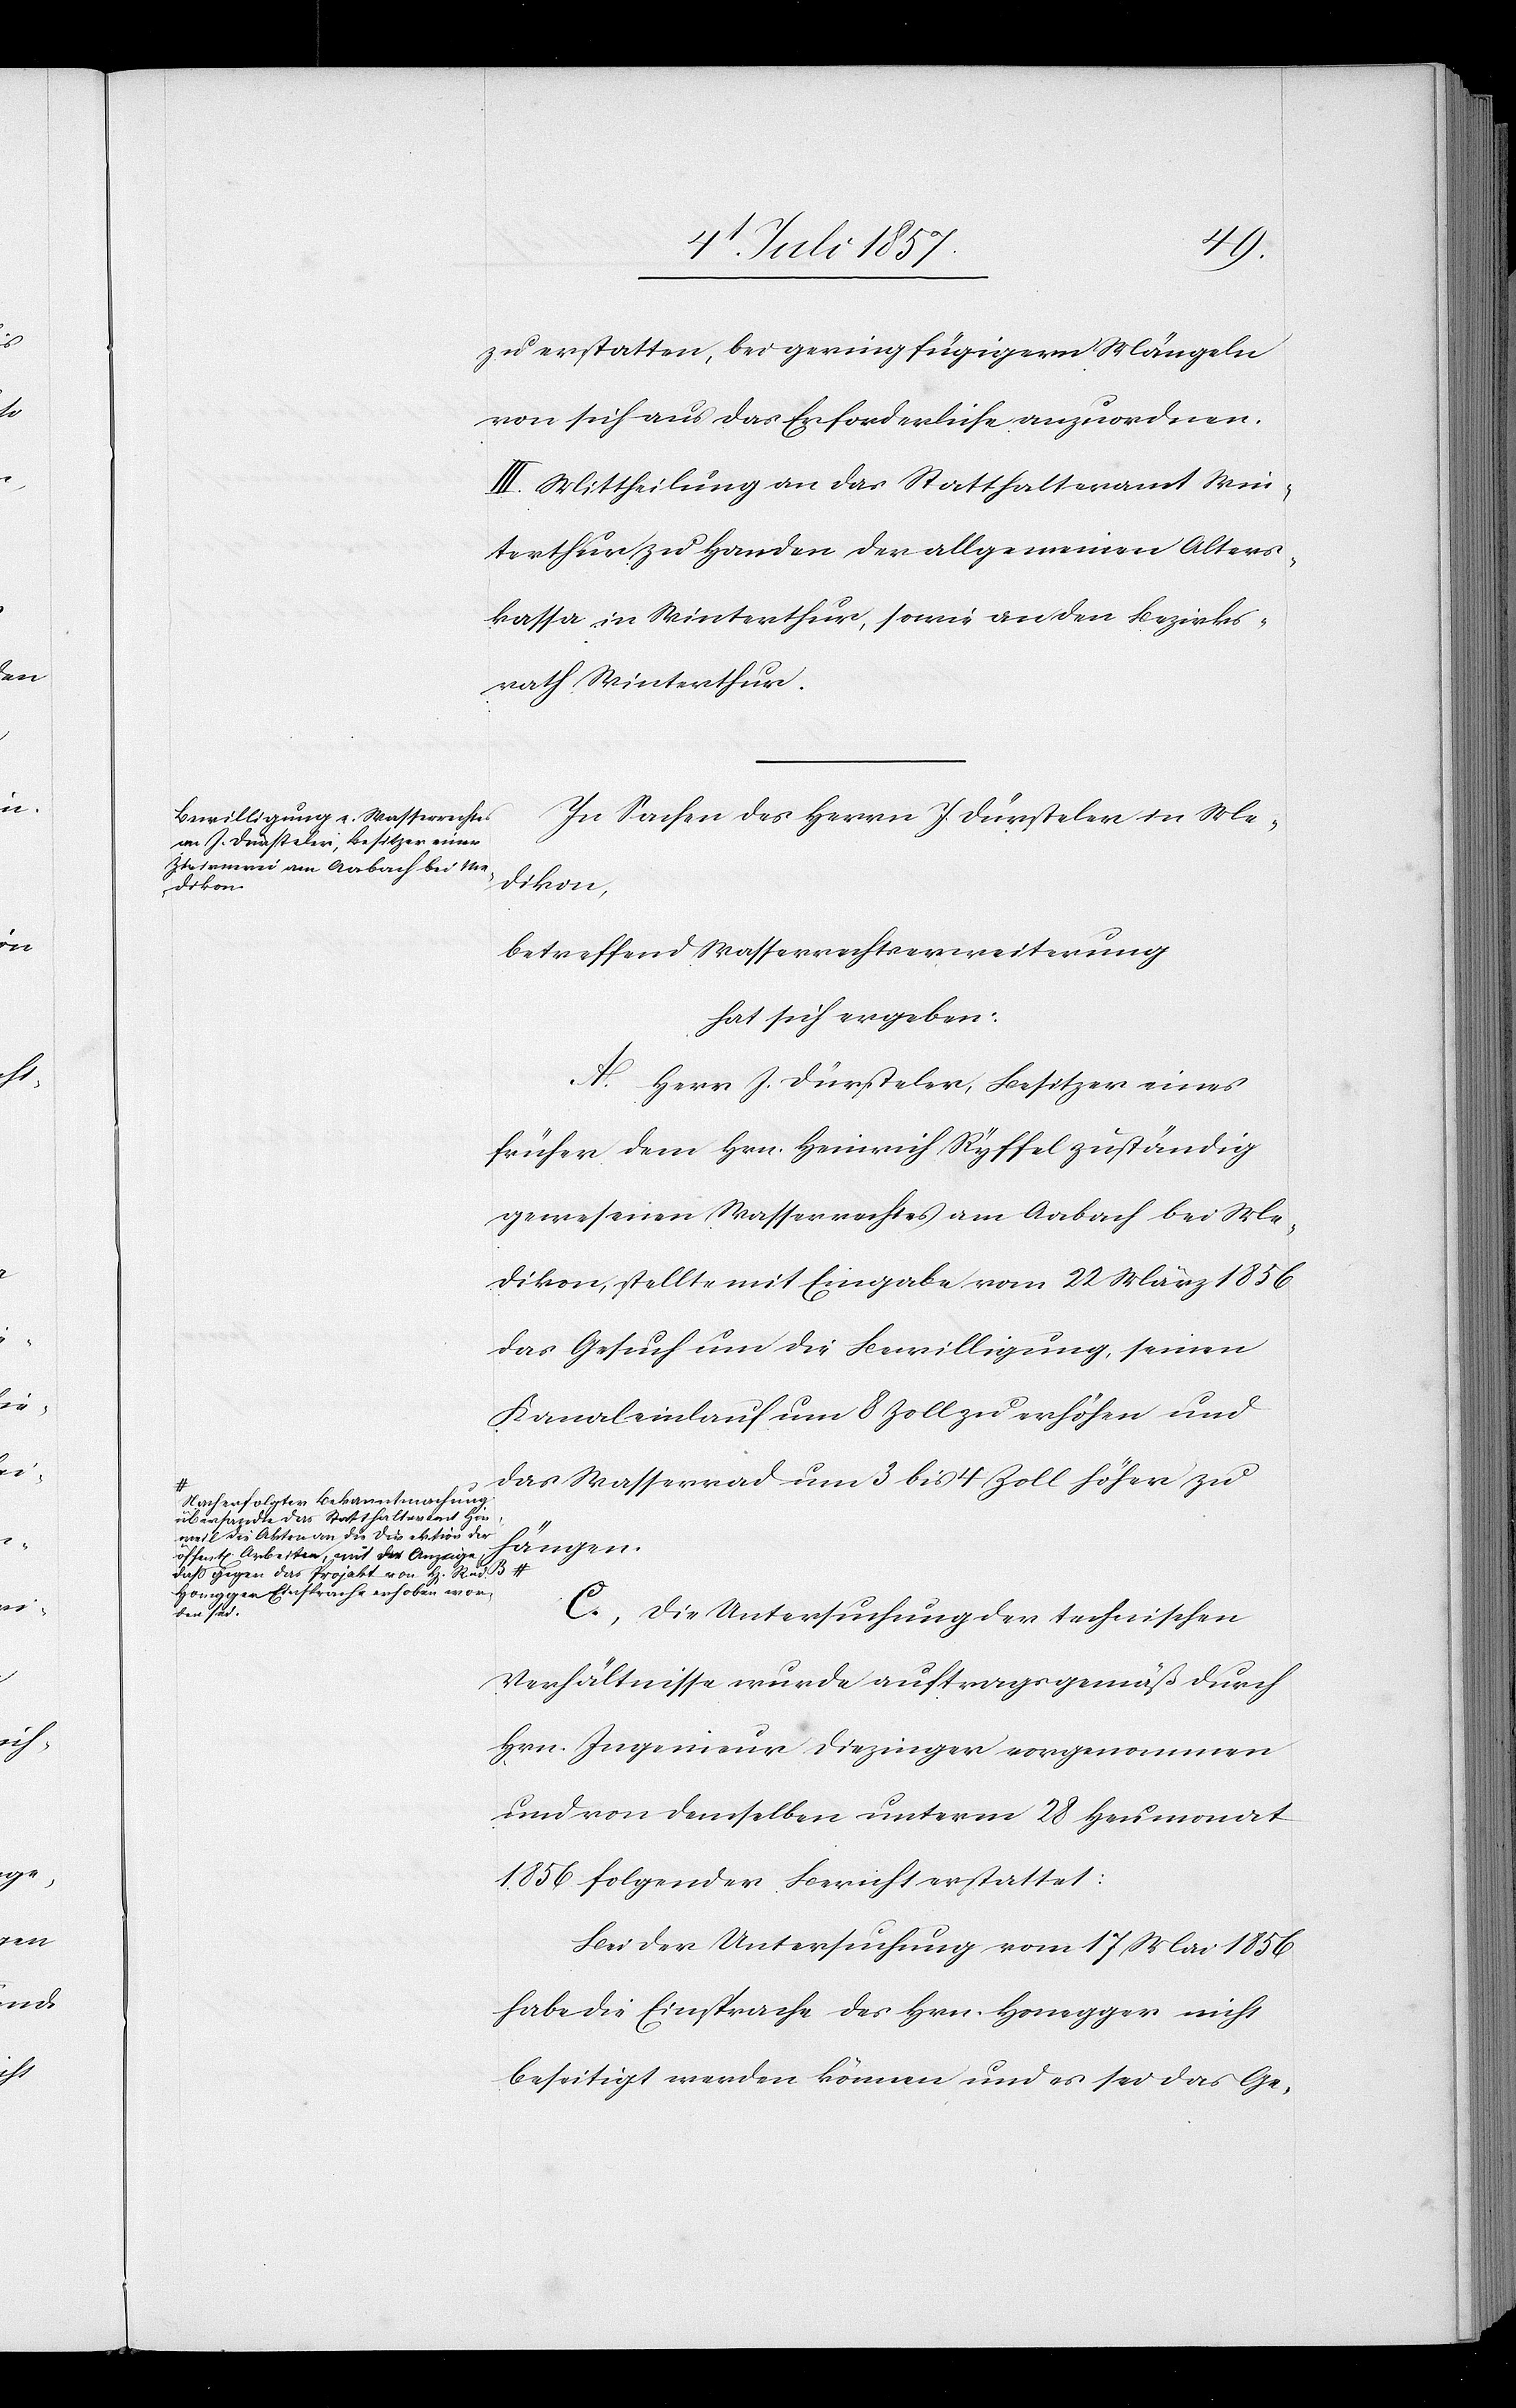
Nach erfolgter Bekanntmachung
übersandte das Statthalteramt Hin¬
weil die Akten an die Direktion der
öffentl. Arbeiten, mit der Anzeige,
daß gegen das Projekt von H[er¬
Honegger Einsprache erhoben wor¬
den sei.-a

zu erstatten, bei geringfügigern Mängeln
von sich aus das Erforderliche anzuordnen.
III. Mittheilung an das Statthalteramt Win¬
terthur zu Handen der allgemeinen Alters¬
kassa in Winterthur, sowie an den Bezirks¬
rath Winterthur.
In Sachen des Herrn J. Dürsteler in Me¬
dikon,
betreffend Strassenrechtserweiterung
hat sich ergeben:
A. Herr J. Dürsteler, Besitzer eines
früher dem Hrn. Heinrich Ryffel zuständig
gewesenen Wasserrechtes am Aabach bei Me¬
dikon, stellt mit Eingabe vom 22 März 1856
das Gesuch um die Bewilligung, seinen
Kanaleinlaufe um 8 Zoll zu erhöhen und
das Wasserrad um 3 bis 4 Zoll höher zu
hängen.
C. Die Untersuchung der technischen
Verhältnisse wurde auftragsgemäß durch
Hrn. Ingenieur Diezinger vorgenommen
und von demselben unterm 28 Heumonat
1856 folgender Bericht erstattet:
Bei der Untersuchung vom 17 Mai 1856
habe die Einsprache des Hrn. Honegger nicht
beseitigt werden können und es sei das Ge-